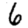
Digit: 6